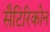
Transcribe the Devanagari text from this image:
सैटिरिकोन